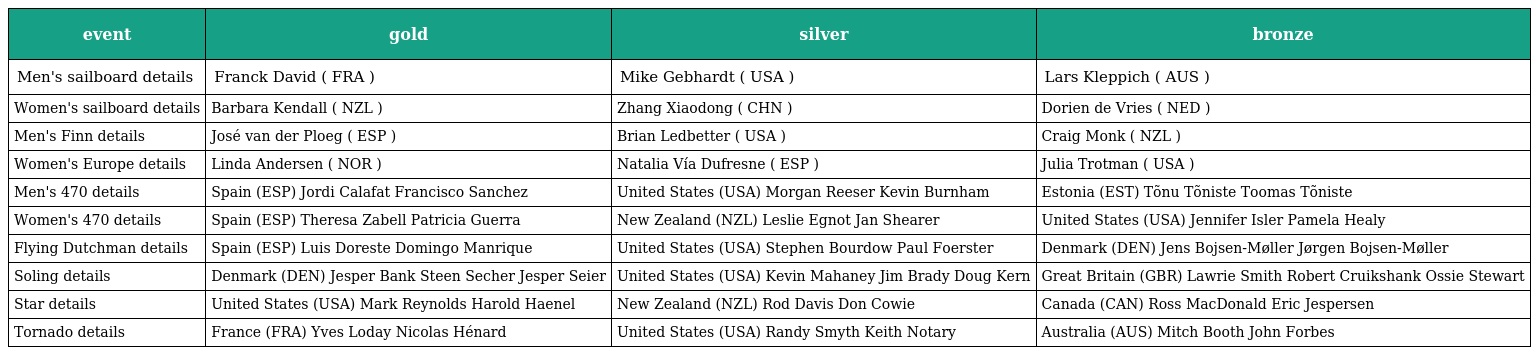
| event | gold | silver | bronze |
 | --- | --- | --- | --- |
 | Men's sailboard details | Franck David ( FRA ) | Mike Gebhardt ( USA ) | Lars Kleppich ( AUS ) |
 | Women's sailboard details | Barbara Kendall ( NZL ) | Zhang Xiaodong ( CHN ) | Dorien de Vries ( NED ) |
 | Men's Finn details | José van der Ploeg ( ESP ) | Brian Ledbetter ( USA ) | Craig Monk ( NZL ) |
 | Women's Europe details | Linda Andersen ( NOR ) | Natalia Vía Dufresne ( ESP ) | Julia Trotman ( USA ) |
 | Men's 470 details | Spain (ESP) Jordi Calafat Francisco Sanchez | United States (USA) Morgan Reeser Kevin Burnham | Estonia (EST) Tõnu Tõniste Toomas Tõniste |
 | Women's 470 details | Spain (ESP) Theresa Zabell Patricia Guerra | New Zealand (NZL) Leslie Egnot Jan Shearer | United States (USA) Jennifer Isler Pamela Healy |
 | Flying Dutchman details | Spain (ESP) Luis Doreste Domingo Manrique | United States (USA) Stephen Bourdow Paul Foerster | Denmark (DEN) Jens Bojsen-Møller Jørgen Bojsen-Møller |
 | Soling details | Denmark (DEN) Jesper Bank Steen Secher Jesper Seier | United States (USA) Kevin Mahaney Jim Brady Doug Kern | Great Britain (GBR) Lawrie Smith Robert Cruikshank Ossie Stewart |
 | Star details | United States (USA) Mark Reynolds Harold Haenel | New Zealand (NZL) Rod Davis Don Cowie | Canada (CAN) Ross MacDonald Eric Jespersen |
 | Tornado details | France (FRA) Yves Loday Nicolas Hénard | United States (USA) Randy Smyth Keith Notary | Australia (AUS) Mitch Booth John Forbes |